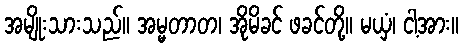
အမျိုးသားသည်။ အမ္မတာတ၊ အိုမိခင် ဖခင်တို့။ မယှံ၊ ငါ့အား။